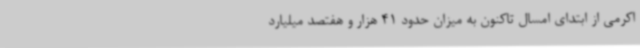
اکرمی از ابتدای امسال تاکنون به میزان حدود 41 هزار و هفتصد میلیارد